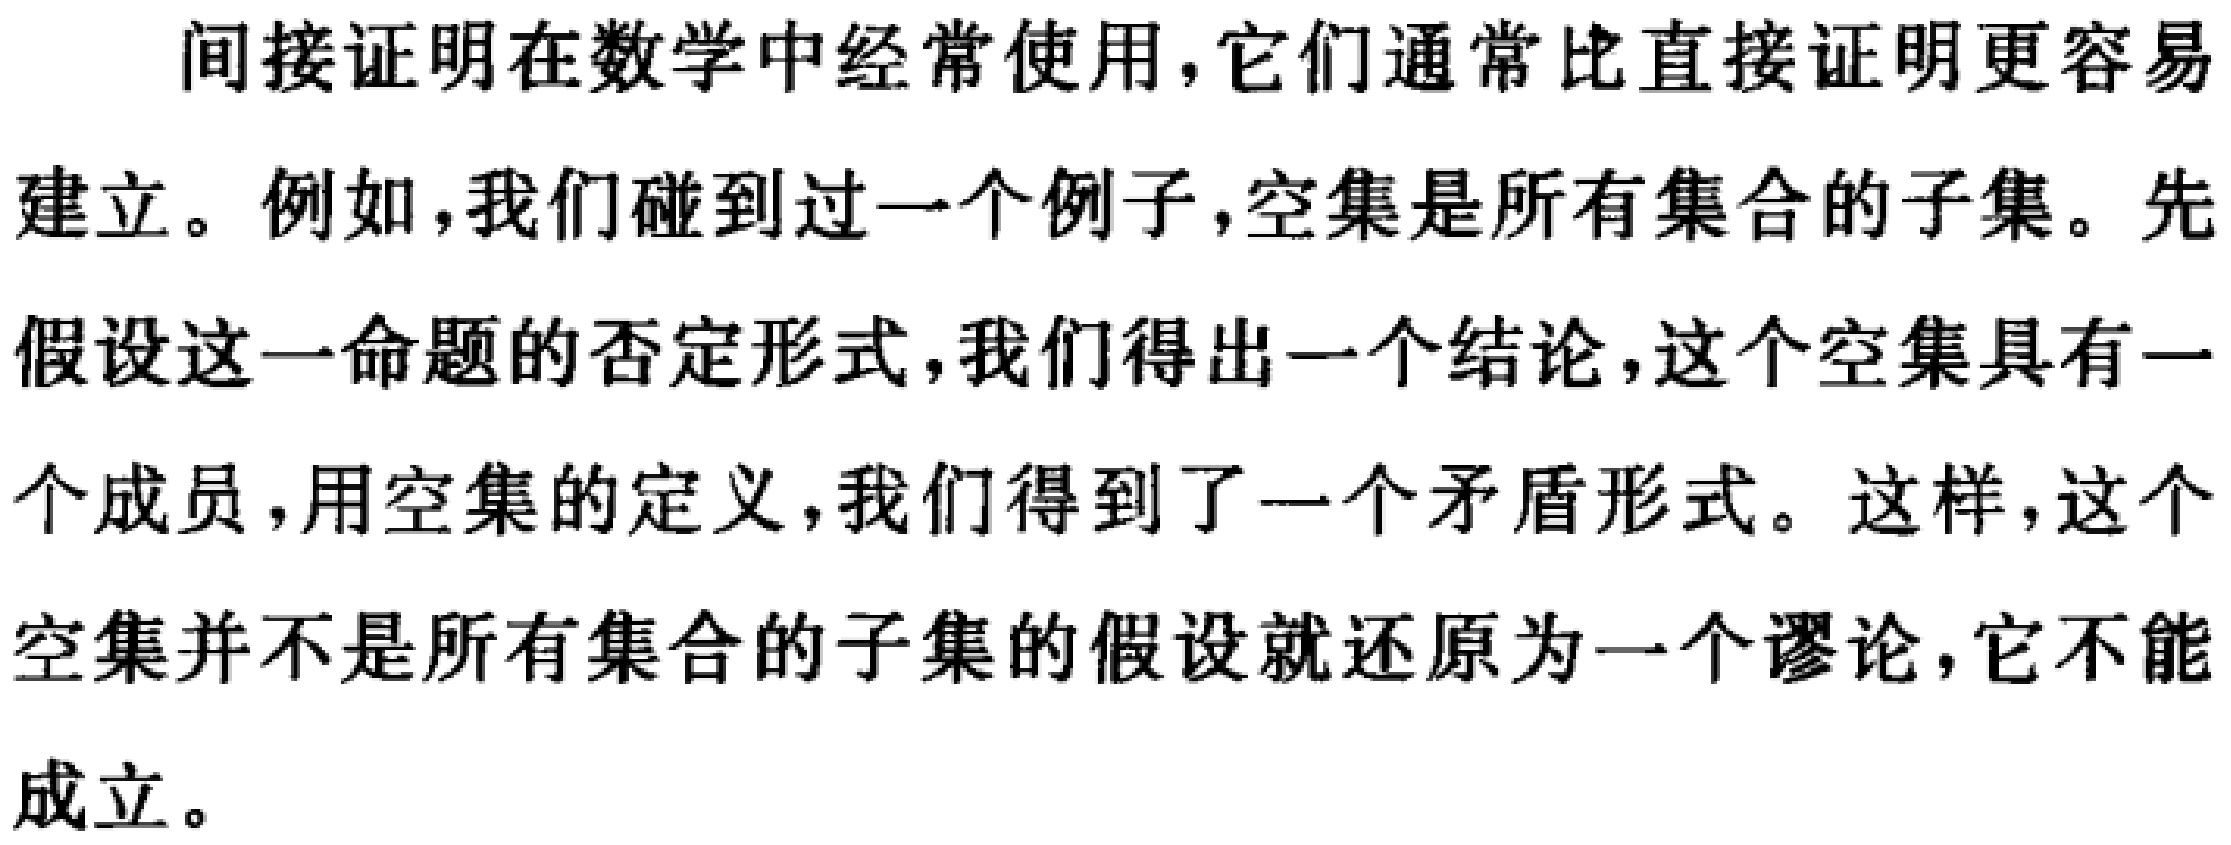
间接证明在数学中经常使用，它们通常比直接证明更容易建立。例如，我们碰到过一个例子，空集是所有集合的子集。先假设这一命题的否定形式，我们得出一个结论，这个空集具有一个成员，用空集的定义，我们得到了一个矛盾形式。这样，这个空集并不是所有集合的子集的假设就还原为一个谬论，它不能成立。